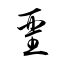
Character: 堊